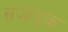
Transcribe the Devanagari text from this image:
संजाइक